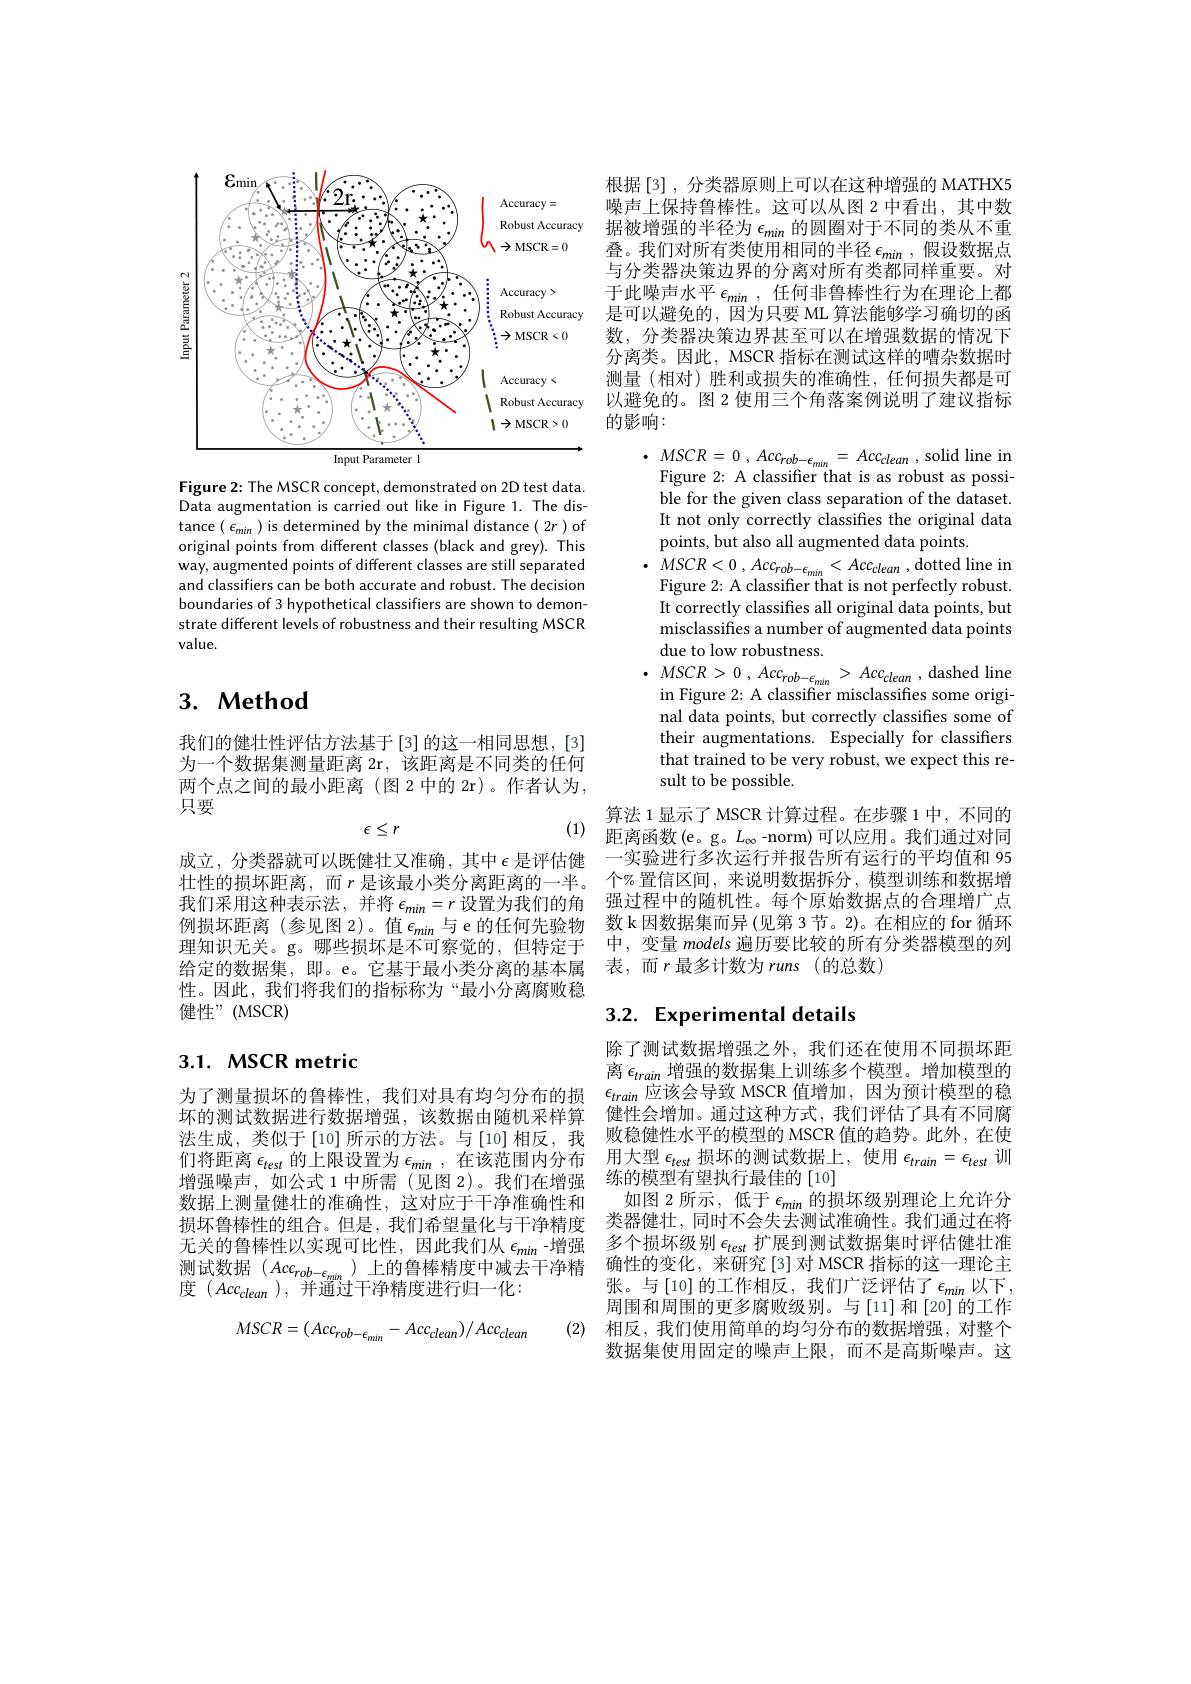
<FigureHere>

Figure 2: The MSCR concept, demonstrated on 2D test data. Data augmentation is carried out like in Figure 1. The distance $(\epsilon_{min})$ is determined by the minimal distance $(2r)$ of original points from different classes (black and grey). This way, augmented points of different classes are still separated and classifiers can be both accurate and robust. The decision boundaries of 3 hypothetical classifiers are shown to demonstrate different levels of robustness and their resulting MSCR value.

## 3. Method

我们的健壮性评估方法基于[3]的这一相同思想，[3] 为一个数据集测量距离 2r,该距离是不同类的任何两个点之间的最小距离 (图 2 中的 2r)。作者认为， 只要
$$\epsilon\leq r$$
(1)

成立，分类器就可以既健壮又准确，其中$\epsilon$是评估健壮性的损坏距离，而$r$ 是该最小类分离距离的一半。给定的数据集，即。e。它基于最小类分离的基本属性。因此，我们将我们的指标称为“最小分离腐败稳健性”(MSCR)

## $3.1.~MSCR~metric$

为了测量损坏的鲁棒性，我们对具有均匀分布的损 $\epsilon_{train}$应该会导致 MSCR 值增加，因为预计模型的稳
坏的测试数据进行数据增强，该数据由随机采样算法生成，类似于[10]所示的方法。与[10]相反，我们将距离$\epsilon_test$的上限设置为$\epsilon_min$,在该范围内分布 用大型$\epsilon_test$损坏的测试数据上，使用$\epsilon_train=\epsilon_{test}$训
增强噪声，如公式 1 中所需(见图 2)。我们在增强数据上测量健壮的准确性，这对应于干净准确性和损坏鲁棒性的组合。但是，我们希望量化与干净精度无关的鲁棒性以实现可比性，因此我们从$\epsilon_{min}$ -增强 多个损坏级别$\epsilon_{test}$扩展到测试数据集时评估健壮准测试数据($Accc_{rob-\epsilon_{min}}$)上的鲁棒精度中减去干净精 确性的变化，来研究[3]对 MSCR 指标的这一理论主度$(Acc_{clean}$ ),并通过干净精度进行归一化：
$$MSCR=(Acc_{rob-\epsilon_{min}}-Acc_{clean})/Acc_{clean}$$
根据[3],分类器原则上可以在这种增强的 MATHX5噪声上保持鲁棒性。这可以从图 2 中看出，其中数据被增强的半径为$\epsilon_{min}$的圆圈对于不同的类从不重叠。我们对所有类使用相同的半径$\epsilon_min$ ,假设数据点与分类器决策边界的分离对所有类都同样重要。对于此噪声水平$\epsilon_min$,任何非鲁棒性行为在理论上都是可以避免的，因为只要 ML 算法能够学习确切的函数，分类器决策边界甚至可以在增强数据的情况下分离类。因此，MSCR 指标在测试这样的嘈杂数据时测量(相对)胜利或损失的准确性，任何损失都是可以避免的。图 2 使用三个角落案例说明了建议指标的影响：

$\cdot$ $MSCR=$ 0 , $Acc_{rob- \epsilon _{min}}=$ $Acc_{clean}$ , solid line in
Figure 2: A classifier that is as robust as possible for the given class separation of the dataset. It not only correctly classifies the original data points, but also all augmented data points
$\cdot$ $MSCR< 0$ , $Acc_{rob- \epsilon _{min}}< Acc_{clean}$ , dotted line in
Figure 2: A classifier that is not perfectly robust. It correctly classifies all original data points, but misclassifes a number of augmented data points due to low robustness.
$\cdot$ $MSCR> 0$ , $Acc_{rob- \epsilon _{min}}$ > $Acc_{clean}$ , dashed line
in Figure 2: A classifier misclassifies some original data points, but correctly classifies some of their augmentations. Especially for classifiers that trained to be very robust, we expect this result to be possible.
算法 1 显示了 MSCR 计算过程。在步骤 1 中，不同的距离函数(e。g。$L_\infty$-norm)可以应用。我们通过对同
·实验进行多次运行并报告所有运行的平均值和 95个% 置信区间，来说明数据拆分，模型训练和数据增
我们采用这种表示法，并将$\epsilon_{min}=r$设置为我们的角 强过程中的随机性。每个原始数据点的合理增广点例损坏距离 (参见图 2)。值$\epsilon_min$与 e 的任何先验物 数 k 因数据集而异(见第 3 节。2)。在相应的 for 循环理知识无关。g。哪些损坏是不可察觉的，但特定于 中，变量models 遍历要比较的所有分类器模型的列

表，而$r$ 最多计数为 runs (的总数)

## 3.2. Experimental details

除了测试数据增强之外，我们还在使用不同损坏距离$\epsilon_{train}$增强的数据集上训练多个模型。增加模型的健性会增加。通过这种方式，我们评估了具有不同腐败稳健性水平的模型的 MSCR 值的趋势。此外，在使练的模型有望执行最佳的[10]
如图 2 所示，低于$\epsilon_min$的损坏级别理论上允许分类器健壮，同时不会失去测试准确性。我们通过在将张。与[10]的工作相反，我们广泛评估了$\epsilon_min$ 以下， 周围和周围的更多腐败级别。与[11]和[20]的工作
(2) 相反，我们使用简单的均匀分布的数据增强，对整个
数据集使用固定的噪声上限，而不是高斯噪声。这